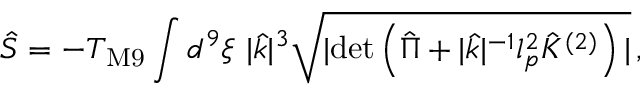
{ \hat { S } } = - T _ { \mathrm { M 9 } } \int d ^ { 9 } \xi \, \, | { \hat { k } } | ^ { 3 } \sqrt { | \mathrm { d e t } \left( { \hat { \Pi } } + | { \hat { k } } | ^ { - 1 } l _ { p } ^ { 2 } { \hat { \cal K } } ^ { ( 2 ) } \right) | } \, , \,